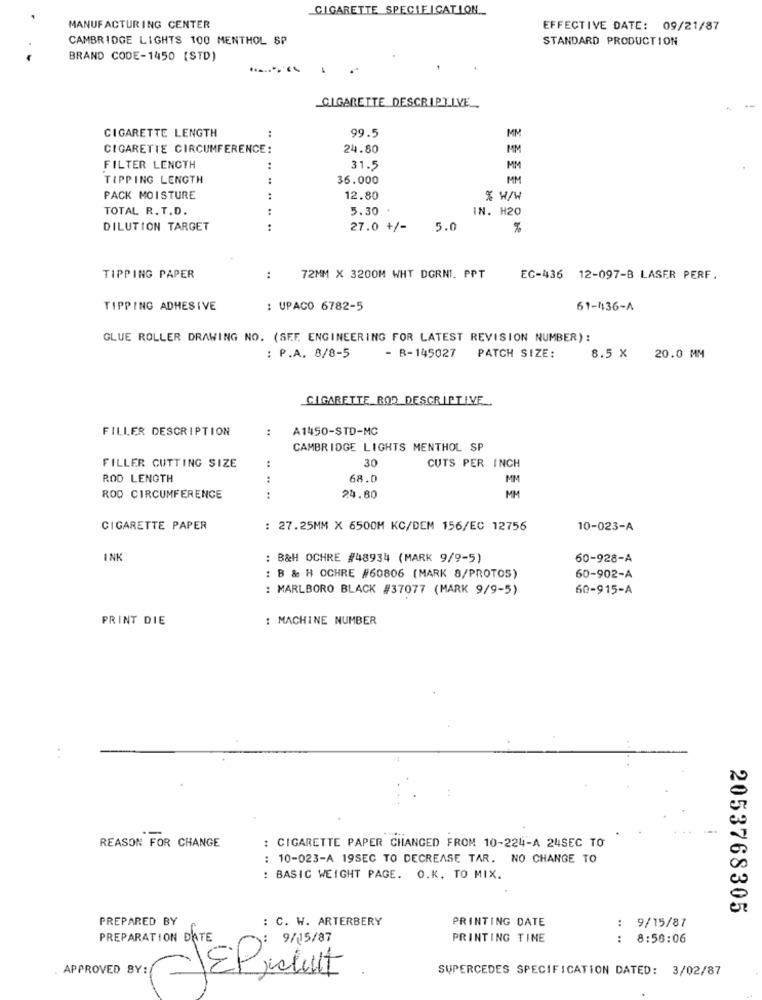
CIGARETTE SPECIFICATION.
MANUFACTURING CENTER
EFFECTIVE DATE: 09/21/87
CAMBRIDGE LIGHTS 100 MENTHOL SP
STANDARD PRODUCTION
BRAND CODE-1450 (STD)
.........
CIGARETTE DESCRIPTIVE
:
99.5
MM
CIGARETTE LENGTH
CIGARETTE CIRCUMFERENCE:
24.80
MIM
FILTER LENGTH
..
31.5
MM
TIPPING LENGTH
:
36.000
MM
PACK MOISTURE
12.80
% W/W
TOTAL R. T.D.
5.30
IN. H20
DILUTION TARGET
27.0 +/-
5.0
%
TIPPING PAPER
:
72MM X 3200M WHT DGRNI. PPT
EC-436 12-097-B LASER PERF.
TIPPING ADHESIVE
: UPACO 6782-5
61-436-A
GLUE ROLLER DRAWING NO. (SEF, ENGINEERING FOR LATEST REVISION NUMBER) :
: P.A. 8/8-5
- B-145027
PATCH SIZE:
8.5 X
20.0 MM
CIGARETTE ROD DESCRIPTIVE.
FILLER DESCRIPTION
:
A1450-STD-MC
CAMBRIDGE LIGHTS MENTHOL SP
CUTS PER INCH
FILLER CUTTING SIZE
:
30
ROD LENGTH
:
68.0
MM
ROD CIRCUMFERENCE
24.80
MM
CIGARETTE PAPER
: 27.25MM X 6500M KC/DEM 156/EC 12756
10-023-A
INK
: B&H OCHRE #48934 (MARK 9/9-5)
60-928-A
: B & H OCHRE #60806 (MARK 8/PROTOS)
60-902-A
: MARLBORO BLACK #37077 (MARK 9/9-5)
60-915-A
PRINT DIE
: MACHINE NUMBER
. .
REASON FOR CHANGE
: CIGARETTE PAPER CHANGED FROM 10-224-A 24SEC TO
: 10-023-A 19SEC TO DECREASE TAR. NO CHANGE TO
: BASIC WEIGHT PAGE. O.K. TO MIX.
2053768305
PREPARED BY
: C. W. ARTERBERY
PRINTING DATE
:
9/15/87
PREPARATION DATE
: 9/15/87
PRINTING TIME
:
8:56:06
SUPERCEDES SPECIFICATION DATED: 3/02/87
APROVED BY: EP cult